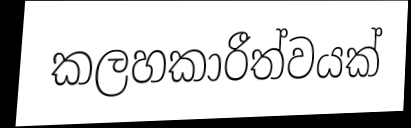
කලහකාරීත්වයක්